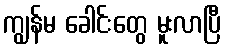
ကျွန်မ ခေါင်းတွေ မူးလာပြီ